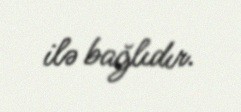
ilə bağlıdır.